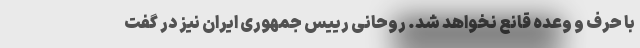
با حرف و وعده قانع نخواهد شد. روحانی رییس جمهوری ایران نیز در گفت